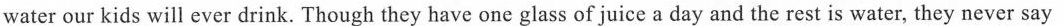
water our kids will ever drink. Though they have one glass of juice a day and the rest is water, they never say